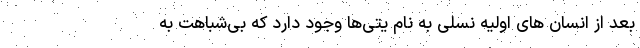
بعد از انسان های اولیه نسلی به نام یتی‌ها وجود دارد که بی‌شباهت به